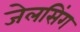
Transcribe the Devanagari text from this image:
जेलसिंग